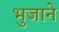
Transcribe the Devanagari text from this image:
भुजाने